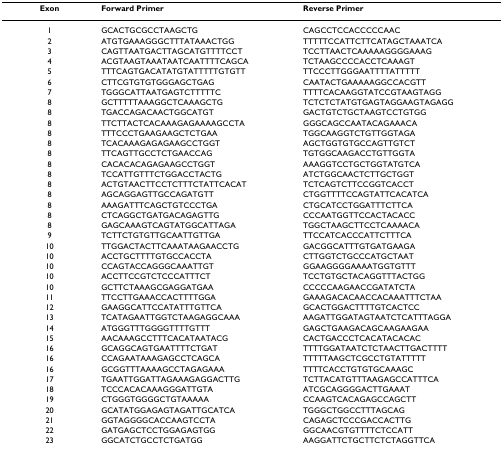
<table><thead><tr><td><b>Exon</b></td><td><b>Forward Primer</b></td><td><b>Reverse Primer</b></td></tr></thead><tbody><tr><td>1</td><td>GCACTGCGCCTAAGCTG</td><td>CAGCCTCCACCCCCAAC</td></tr><tr><td>2</td><td>ATGTGAAAGGGCTTTATAAACTGG</td><td>TTTTTCCATTCTTCATAGCTAAATCA</td></tr><tr><td>3</td><td>CAGTTAATGACTTAGCATGTTTTCCT</td><td>TCCTTAACTCAAAAAGGGGAAAG</td></tr><tr><td>4</td><td>ACGTAAGTAAATAATCAATTTTCAGCA</td><td>TCTAAGCCCCACCTCAAAGT</td></tr><tr><td>5</td><td>TTTCAGTGACATATGTATTTTTGTGTT</td><td>TTCCCTTGGGAATTTTATTTTT</td></tr><tr><td>6</td><td>CTTCGTGTGTGGGAGCTGAG</td><td>CAATACTGAAAAAGGCCACGTT</td></tr><tr><td>7</td><td>TGGGCATTAATGAGTCTTTTTC</td><td>TTTTCACAAGGTATCCGTAAGTAGG</td></tr><tr><td>8</td><td>GCTTTTTAAAGGCTCAAAGCTG</td><td>TCTCTCTATGTGAGTAGGAAGTAGAGG</td></tr><tr><td>8</td><td>TGACCAGACAACTGGCATGT</td><td>GACTGTCTGCTAAGTCCTGTGG</td></tr><tr><td>8</td><td>TTCTTACTCACAAAGAGAAAAGCCTA</td><td>GGGCAGCCAATACAGAAACA</td></tr><tr><td>8</td><td>TTTCCCTGAAGAAGCTCTGAA</td><td>TGGCAAGGTCTGTTGGTAGA</td></tr><tr><td>8</td><td>TCACAAAGAGAGAAGCCTGGT</td><td>AGCTGGTGTGCCAGTTGTCT</td></tr><tr><td>8</td><td>TTCAGTTGCCTCTGAACCAG</td><td>TGTGGCAAGACCTGTTGGTA</td></tr><tr><td>8</td><td>CACACACAGAGAAGCCTGGT</td><td>AAAGGTCCTGCTGGTATGTCA</td></tr><tr><td>8</td><td>TCCATTGTTTCTGGACCTACTG</td><td>ATCTGGCAACTCTTGCTGGT</td></tr><tr><td>8</td><td>ACTGTAACTTCCTCTTTCTATTCACAT</td><td>TCTCAGTCTTCCGGTCACCT</td></tr><tr><td>8</td><td>AGCAGGAGTTGCCAGATGTT</td><td>CTGGTTTTCCAGTATTCACATCA</td></tr><tr><td>8</td><td>AAAGATTTCAGCTGTCCCTGA</td><td>CTGCATCCTGGATTTCTTCA</td></tr><tr><td>8</td><td>CTCAGGCTGATGACAGAGTTG</td><td>CCCAATGGTTCCACTACACC</td></tr><tr><td>8</td><td>GAGCAAAGTCAGTATGGCATTAGA</td><td>TGGCTAAGCTTCCTCAAAACA</td></tr><tr><td>9</td><td>TCTTCTGTGTTGCAATTGTTGA</td><td>TTCCATCACCCATTCTTTCA</td></tr><tr><td>10</td><td>TTGGACTACTTCAAATAAGAACCTG</td><td>GACGGCATTTGTGATGAAGA</td></tr><tr><td>10</td><td>ACCTGCTTTTGTGCCACCTA</td><td>CTTGGTCTGCCCATGCTAAT</td></tr><tr><td>10</td><td>CCAGTACCAGGGCAAATTGT</td><td>GGAAGGGGAAAATGGTGTTT</td></tr><tr><td>10</td><td>ACCTTCCGTCTCCCATTTCT</td><td>TCCTGTGCTACAGGTTTACTGG</td></tr><tr><td>10</td><td>GCTTCTAAAGCGAGGATGAA</td><td>CCCCCAAGAACCGATATCTA</td></tr><tr><td>11</td><td>TTCCTTGAAACCACTTTTGGA</td><td>GAAAGACACAACCACAAATTTCTAA</td></tr><tr><td>12</td><td>GAAGGCATTCCATATTTGTTCA</td><td>GCACTGGACTTTTGTCACTCC</td></tr><tr><td>13</td><td>TCATAGAATTGGTCTAAGAGGCAAA</td><td>AAGATTGGATAGTAATCTCATTTAGGA</td></tr><tr><td>14</td><td>ATGGGTTTGGGGTTTTGTTT</td><td>GAGCTGAAGACAGCAAGAAGAA</td></tr><tr><td>15</td><td>AACAAAGCCTTTCACATAATACG</td><td>CACTGACCCTCACATACACAC</td></tr><tr><td>16</td><td>GCAGGCAGTGAATTTTCTGAT</td><td>TTTTGGATAATCTCTAACTTGACTTTT</td></tr><tr><td>16</td><td>CCAGAATAAAGAGCCTCAGCA</td><td>TTTTTAAGCTCGCCTGTATTTTT</td></tr><tr><td>16</td><td>GCGGTTTAAAAGCCTAGAGAAA</td><td>TTTTCACCTGTGTGCAAAGC</td></tr><tr><td>17</td><td>TGAATTGGATTAGAAAGAGGACTTG</td><td>TCTTACATGTTTAAGAGCCATTTCA</td></tr><tr><td>18</td><td>TCCCACACAAAGGGATTGTA</td><td>ATCGCAGGGGACTTGAAAT</td></tr><tr><td>19</td><td>CTGGGTGGGGCTGTAAAAA</td><td>CCAAGTCACAGAGCCAGCTT</td></tr><tr><td>20</td><td>GCATATGGAGAGTAGATTGCATCA</td><td>TGGGCTGGCCTTTAGCAG</td></tr><tr><td>21</td><td>GGTAGGGGCACCAAGTCCTA</td><td>CAGAGCTCCCGACCACTTG</td></tr><tr><td>22</td><td>GATGAGCTCCTGGAGAGTGG</td><td>GGCAACGTGTTTTCTCCATT</td></tr><tr><td>23</td><td>GGCATCTGCCTCTGATGG</td><td>AAGGATTCTGCTTCTCTAGGTTCA</td></tr></tbody></table>